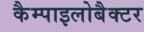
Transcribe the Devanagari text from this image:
कैम्पाइलोबैक्टर